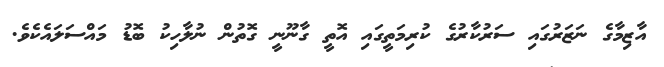
އާޒިމާގެ ނަޒަރުގައި ސަރުކާރުގެ ކުރިމަތީގައި އޮތީ ގާނޫނީ ގޮތުން ނުލާހިކު ބޮޑު މައްސަލައެކެވެ.